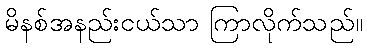
မိနစ်အနည်းငယ်သာ ကြာလိုက်သည်။